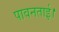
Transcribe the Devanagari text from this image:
पावनताई।